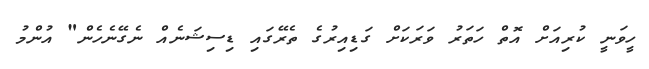
ހީވަނީ ކުރިއަށް އޮތް ހަތަރު ވަރަކަށް ގަޑިއިރުގެ ތެރޭގައި ޑިސިޝަނެއް ނެގޭނެހެން" އުންމު